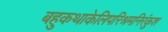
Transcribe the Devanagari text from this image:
बहुकथाकेलिपरिश्रमनिरंकुश